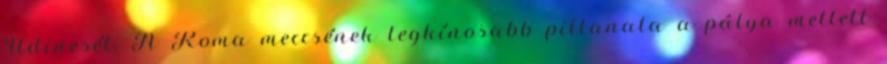
Udinesét. A Roma meccsének legkínosabb pillanata a pálya mellett